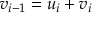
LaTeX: v _ { i - 1 } = u _ { i } + v _ { i }